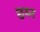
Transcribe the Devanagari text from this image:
छय्न